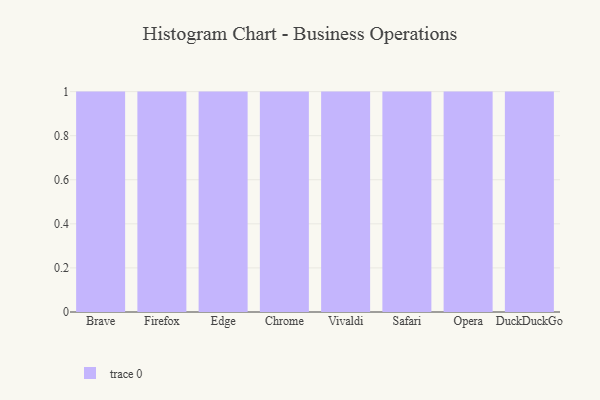
{"axis": {"x": "Browser", "y": "Page Views"}, "legend": [""], "data": [{"x": "Brave", "y": 57, "type": ""}, {"x": "Firefox", "y": 90, "type": ""}, {"x": "Edge", "y": 33, "type": ""}, {"x": "Chrome", "y": 32, "type": ""}, {"x": "Vivaldi", "y": 59, "type": ""}, {"x": "Safari", "y": 20, "type": ""}, {"x": "Opera", "y": 85, "type": ""}, {"x": "DuckDuckGo", "y": 29, "type": ""}]}